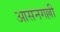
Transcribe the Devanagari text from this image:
आसनगल्ली